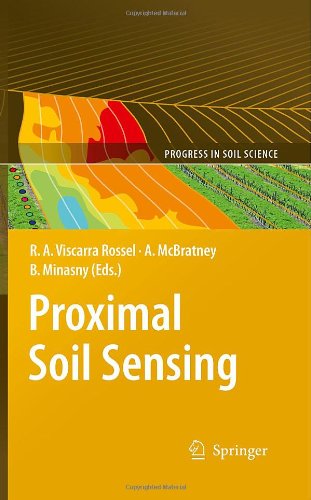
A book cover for Proximal Soil Sensing (Progress in Soil Science); Science & Math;